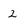
Character: 2